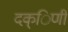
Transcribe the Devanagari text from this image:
दक्िणी